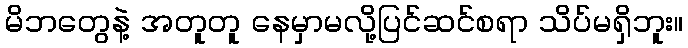
မိဘတွေနဲ့ အတူတူ နေမှာမလို့ပြင်ဆင်စရာ သိပ်မရှိဘူး။